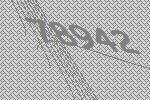
78942